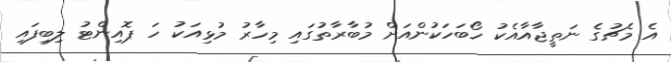
އެ މެޗުގެ ނަތީޖާއާއެކު ހޯބަހަކުންއަށް މުބާރާތުގައި މިހާރު މުޅިއަކު ހަ ޕޮއިންޓު ލިބިފައި